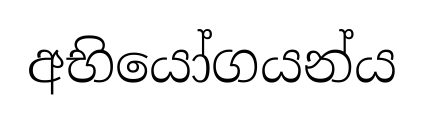
අභියෝගයන්ය